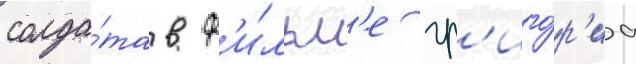
солда́та в ф'и́льм'е гр'иго́р'иа